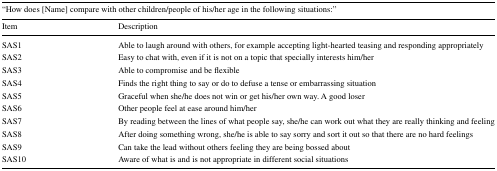
| <COLSPAN=2> “How does [Name] compare with other children/people of his/her age in the following situations:” |
 | Item | Description |
 | --- | --- |
 | SAS1 | Able to laugh around with others, for example accepting light-hearted teasing and responding appropriately |
 | SAS2 | Easy to chat with, even if it is not on a topic that specially interests him/her |
 | SAS3 | Able to compromise and be flexible |
 | SAS4 | Finds the right thing to say or do to defuse a tense or embarrassing situation |
 | SAS5 | Graceful when she/he does not win or get his/her own way. A good loser |
 | SAS6 | Other people feel at ease around him/her |
 | SAS7 | By reading between the lines of what people say, she/he can work out what they are really thinking and feeling |
 | SAS8 | After doing something wrong, she/he is able to say sorry and sort it out so that there are no hard feelings |
 | SAS9 | Can take the lead without others feeling they are being bossed about |
 | SAS10 | Aware of what is and is not appropriate in different social situations |